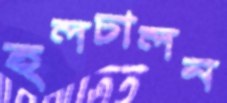
হলচালন